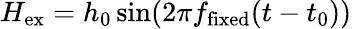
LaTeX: H_{\mathrm{ex}}=h_{0}\sin(2\pi f_{\mathrm{fixed}}(t-t_{0}))